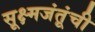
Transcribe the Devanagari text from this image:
सूक्ष्मजंतूंची